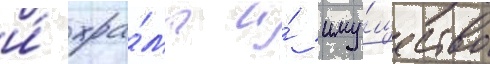
и́ хра́мы и́ иму́щество